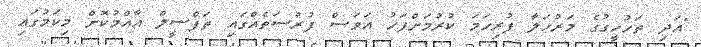
"އަދި ތަހުހީގުގެ މަރުހަލާ ފުރިހަމަ ކުރުމަށްފަހު އަވަސް ފުރުސަތެއްގައި ތަފްސީލް އާއްމުކޮށް މިކަމުގައި